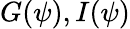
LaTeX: G(\psi),I(\psi)